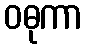
ဝဓုကာ